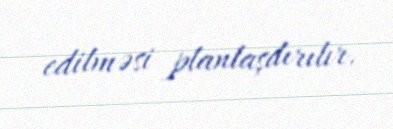
edilməsi planlaşdırılır.